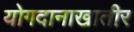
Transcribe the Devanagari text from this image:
योगदानाखातीर